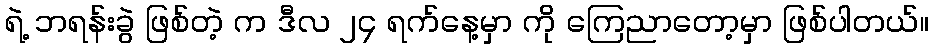
ရဲ့ ဘရန်းခွဲ ဖြစ်တဲ့ က ဒီလ ၂၄ ရက်နေ့မှာ ကို ကြေညာတော့မှာ ဖြစ်ပါတယ်။